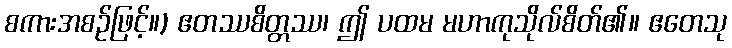
စကားအစဉ်ဖြင့်။) ဧတဿစိတ္တဿ၊ ဤ ပထမ မဟာကုသိုလ်စိတ်၏။ ဧတေသု